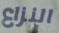
النزاع